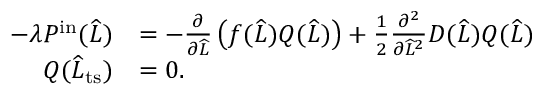
\begin{array} { r l } { - \lambda P ^ { \mathrm { i n } } ( \widehat { L } ) } & { = - \frac { \partial } { \partial \widehat { L } } \left( f ( \widehat { L } ) Q ( \widehat { L } ) \right) + \frac { 1 } { 2 } \frac { \partial ^ { 2 } } { \partial \widehat { L } ^ { 2 } } D ( \widehat { L } ) Q ( \widehat { L } ) } \\ { Q ( \widehat { L } _ { \mathrm { t s } } ) } & { = 0 . } \end{array}